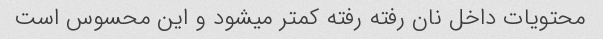
محتویات داخل نان رفته رفته کمتر میشود و این محسوس است